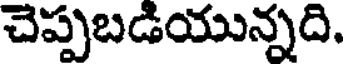
చెప్పబడియున్నది.